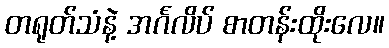
တရုတ်သံနဲ့ အင်္ဂလိပ် စာတန်းထိုးလေ။